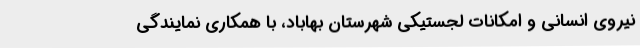
نیروی انسانی و امکانات لجستیکی شهرستان بهاباد، با همکاری نمایندگی